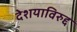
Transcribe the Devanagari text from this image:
देशयाविरुद्द